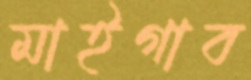
মাইগাব